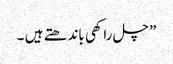
” چل راکھی باندھتے ہیں ۔